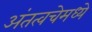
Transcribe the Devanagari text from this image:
अंतत्वचेमध्ये